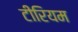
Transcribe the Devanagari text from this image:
टीरियम